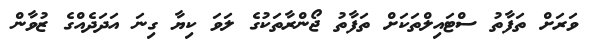
ވަރަށް ތަފާތު ސްޓައިލްތަކަށް ތަފާތު ޖޯންރާތަކުގެ ލަވަ ކިޔާ ގިނަ އަދަދެއްގެ ޒުވާން